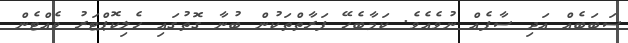
ސަބަބެއް އަދި ސާފެއް ނުވެއެވެ. ކަމާބެހޭ ފަރާތްތަކުން ބުނާ ގޮތުގައި ހެލިކޮޕްޓަރު ވެއްޓެން